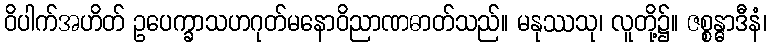
ဝိပါက်အဟိတ် ဥပေက္ခာသဟဂုတ်မနောဝိညာဏဓာတ်သည်။ မနုဿသု၊ လူတို့၌။ ဇစ္စန္ဓာဒီနံ၊